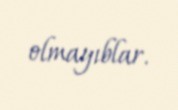
olmayıblar.